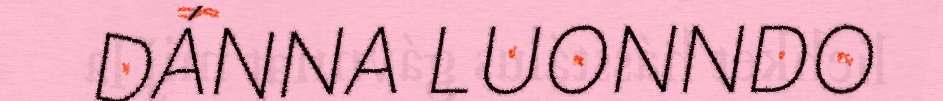
DÁNNA LUONNDO